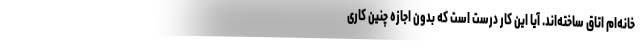
خانه‌ام اتاق ساخته‌اند. آیا این کار درست است که بدون اجازه چنین کاری